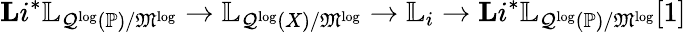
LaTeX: \mathbf{L}i^{*}\mathbb{L}_{\mathcal{Q}^{\log}(\mathbb{P})/\mathfrak{M}^{\log}}\rightarrow\mathbb{L}_{\mathcal{Q}^{\log}(X)/\mathfrak{M}^{\log}}\rightarrow\mathbb{L}_{i}\rightarrow\mathbf{L}i^{*}\mathbb{L}_{\mathcal{Q}^{\log}(\mathbb{P})/\mathfrak{M}^{\log}}[1]